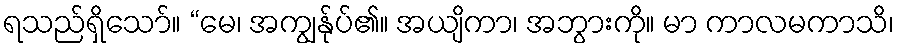
ရသည်ရှိသော်။ “မေ၊ အကျွန်ုပ်၏။ အယျိကာ၊ အဘွားကို။ မာ ကာလမကာသိ၊